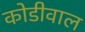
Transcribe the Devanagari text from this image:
कोडीवाल